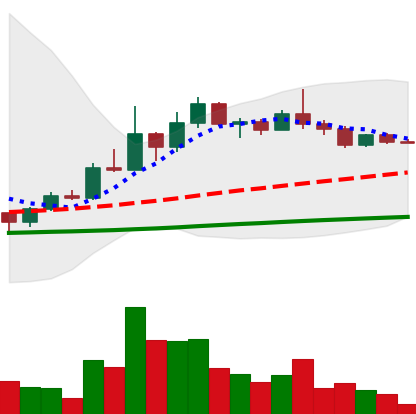
Ticker: DOGE-USD
Chart end date: 2022-12-10
Forward return: -12.166%
Label: down_7plus